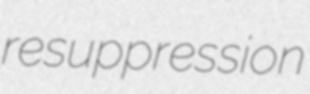
resuppression